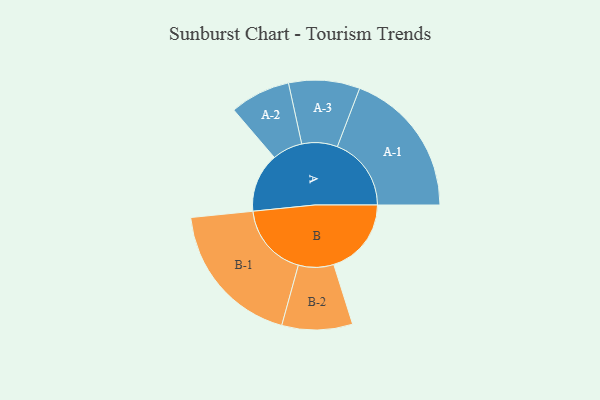
{"axis": {"x": "Segment", "y": "Value"}, "legend": ["", "A", "B"], "data": [{"x": "A", "y": 211, "type": ""}, {"x": "B", "y": 277, "type": ""}, {"x": "A-1", "y": 264, "type": "A"}, {"x": "A-2", "y": 108, "type": "A"}, {"x": "A-3", "y": 127, "type": "A"}, {"x": "B-1", "y": 263, "type": "B"}, {"x": "B-2", "y": 126, "type": "B"}]}